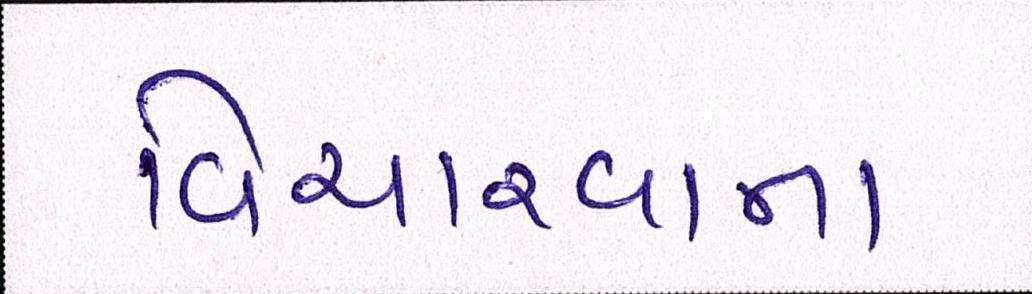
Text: વિચારવાના